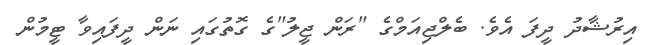
އިރުޝާދު ދީފަ އެވެ. ބެލްޖިއަމްގެ "ރަން ޖީލު"ގެ ގޮތުގައި ނަން ދީފައިވާ ޓީމުން